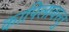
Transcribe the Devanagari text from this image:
कापिलावस्तु